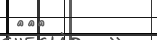
١٦٠